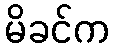
မိခင်က